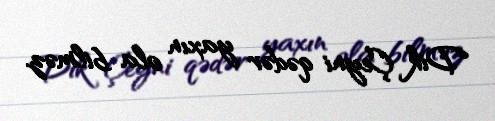
Dik Çeyni qədər yaxın ola bilməz.